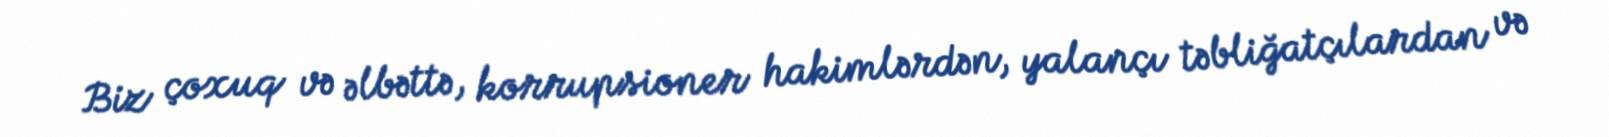
Biz çoxuq və əlbəttə, korrupsioner hakimlərdən, yalançı təbliğatçılardan və